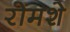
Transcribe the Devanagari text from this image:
रोमशे